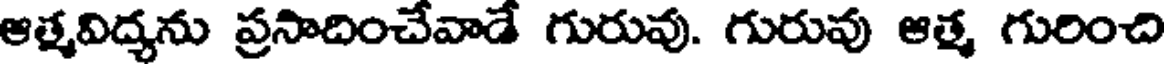
ఆత్మవిద్యను ప్రసాదించేవాడే గురువు. గురువు ఆత్మ గురించి